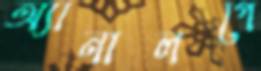
অ্যানালগে